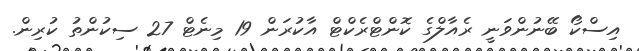
އިސްކޯ ބޭނުންވަނީ ރެއާލްގެ ކޮންޓްރެކްޓް އާކުރަން 19 މިނެޓް 27 ސިކުންތު ކުރިން.